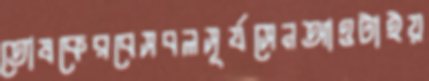
তোষকেরবেসবলসূর্যসেনআওটাইয়